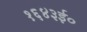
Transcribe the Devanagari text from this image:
१६४३ई०